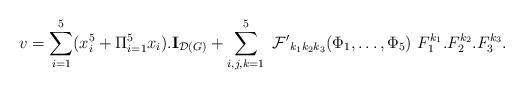
LaTeX: \begin{align*}v=\sum_{i=1}^{5}(x_{i}^{5}+\Pi _{i=1}^{5}x_{i}).{\bf I}_{{\cal D}\left(G\right) }+\sum_{i,j,k=1}^{5}\ {\cal F^{\prime }}_{k_{1}k_{2}k_{3}}(\Phi_{1},\dots ,\Phi _{5})\ F_{1}^{k_{1}}.F_{2}^{k_{2}}.F_{3}^{k_{3}}.\end{align*}